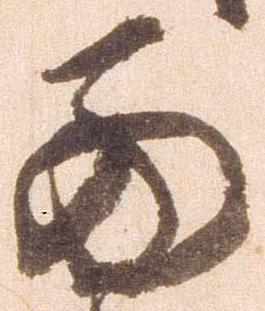
西